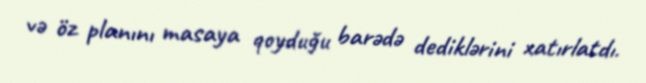
və öz planını masaya qoyduğu barədə dediklərini xatırlatdı.